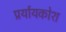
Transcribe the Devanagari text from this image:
प्रर्यायकोश